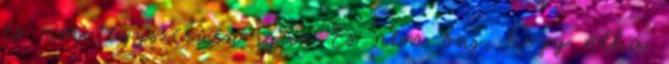
és ami egyszerűen igaz. És nem baj, hogy néha